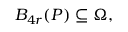
B _ { 4 r } ( P ) \subseteq \Omega ,